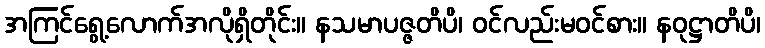
အကြင်ရွေ့လောက်အလိုရှိတိုင်း။ နသမာပဇ္ဇတိပိ၊ ဝင်လည်းမဝင်စား။ နဝုဋ္ဌာတိပိ၊